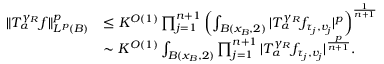
\begin{array} { r l } { \| T _ { \alpha } ^ { \gamma _ { R } } f \| _ { L ^ { p } ( B ) } ^ { p } } & { \leq K ^ { O ( 1 ) } \prod _ { j = 1 } ^ { n + 1 } \left( \int _ { B ( x _ { B } , 2 ) } | T _ { \alpha } ^ { \gamma _ { R } } f _ { \tau _ { j } , v _ { j } } | ^ { p } \right) ^ { \frac { 1 } { n + 1 } } } \\ & { \sim K ^ { O ( 1 ) } \int _ { B ( x _ { B } , 2 ) } \prod _ { j = 1 } ^ { n + 1 } | T _ { \alpha } ^ { \gamma _ { R } } f _ { \tau _ { j } , v _ { j } } | ^ { \frac { p } { n + 1 } } . } \end{array}